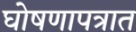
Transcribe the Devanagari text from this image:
घोषणापत्रात